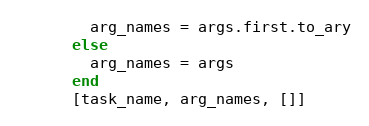
Language: Ruby
        arg_names = args.first.to_ary
      else
        arg_names = args
      end
      [task_name, arg_names, []]